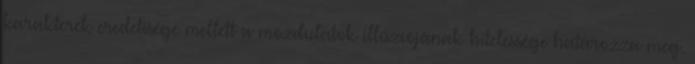
karakterek eredetisége mellett a mozdulatok illúziójának hitelessége határozza meg.